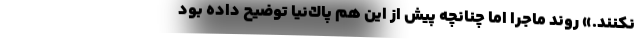
نكنند.» روند ماجرا اما چنانچه پيش از اين هم پاك‌نيا توضيح داده بود